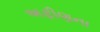
અફીણના